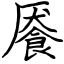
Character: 餍